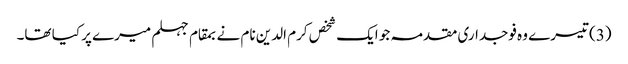
(3) تیسرے وہ فوجداری مقدمہ جو ایک شخص کرم الدین نام نے بمقام جہلم میرے پر کیا تھا۔